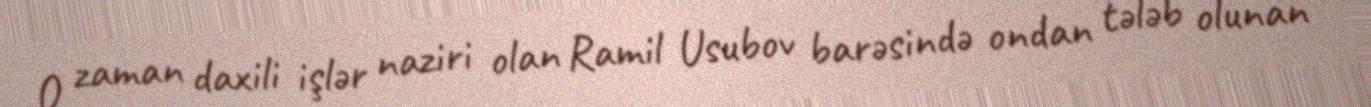
O zaman daxili işlər naziri olan Ramil Usubov barəsində ondan tələb olunan